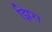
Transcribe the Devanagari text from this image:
झिरा